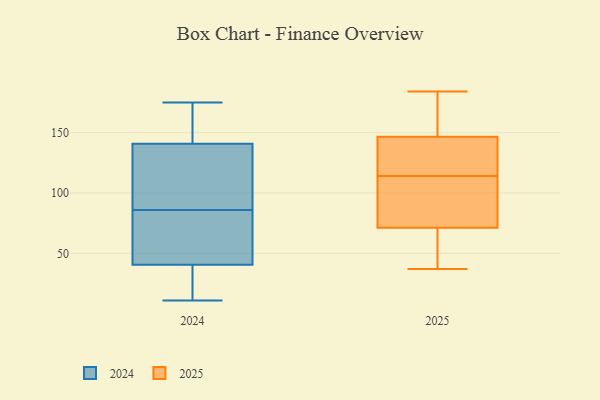
{"axis": {"x": "Tickets Resolved", "y": "Value"}, "legend": ["2024", "2025"], "data": [{"x": "", "y": 138, "type": "2025"}, {"x": "", "y": 153, "type": "2025"}, {"x": "", "y": 89, "type": "2025"}, {"x": "", "y": 179, "type": "2025"}, {"x": "", "y": 107, "type": "2025"}, {"x": "", "y": 114, "type": "2025"}, {"x": "", "y": 137, "type": "2025"}, {"x": "", "y": 142, "type": "2025"}, {"x": "", "y": 160, "type": "2025"}, {"x": "", "y": 99, "type": "2025"}, {"x": "", "y": 87, "type": "2025"}, {"x": "", "y": 125, "type": "2025"}, {"x": "", "y": 148, "type": "2025"}, {"x": "", "y": 66, "type": "2025"}, {"x": "", "y": 47, "type": "2025"}, {"x": "", "y": 37, "type": "2025"}, {"x": "", "y": 38, "type": "2025"}, {"x": "", "y": 184, "type": "2025"}, {"x": "", "y": 49, "type": "2025"}, {"x": "", "y": 159, "type": "2024"}, {"x": "", "y": 175, "type": "2024"}, {"x": "", "y": 11, "type": "2024"}, {"x": "", "y": 86, "type": "2024"}, {"x": "", "y": 136, "type": "2024"}, {"x": "", "y": 155, "type": "2024"}, {"x": "", "y": 39, "type": "2024"}, {"x": "", "y": 85, "type": "2024"}, {"x": "", "y": 41, "type": "2024"}, {"x": "", "y": 115, "type": "2024"}, {"x": "", "y": 45, "type": "2024"}, {"x": "", "y": 14, "type": "2024"}, {"x": "", "y": 94, "type": "2024"}]}